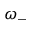
\omega _ { - }